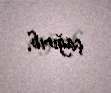
çağırıb.